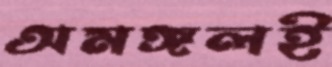
অমঙ্গলই